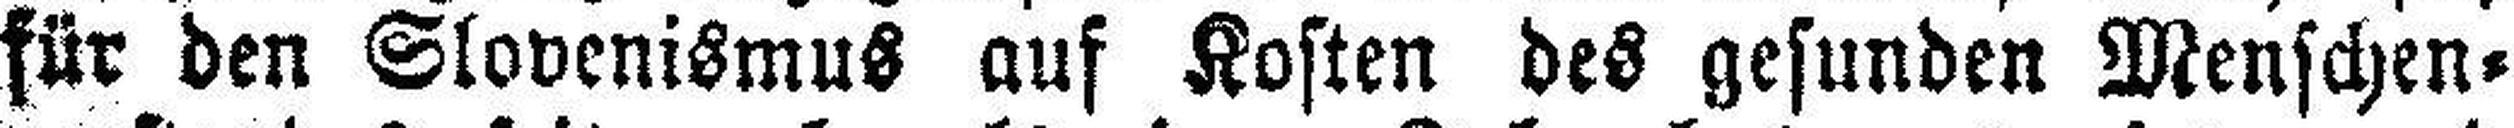
für den Slovenismus auf Kosten des gesunden Menschen¬